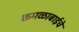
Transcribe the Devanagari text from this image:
कमळाबाईचे